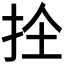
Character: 𭠜